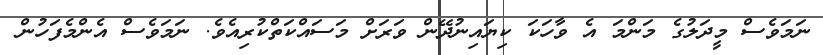
ނަމަވެސް މީދަލުގެ މަންމަ އެ ވާހަކަ ކިޔައިނުދޭން ވަރަށް މަސައްކަތްކުރިއެވެ. ނަމަވެސް އެންމެފަހުން